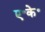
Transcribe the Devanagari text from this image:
ए॰के॰